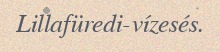
Lillafüredi-vízesés.